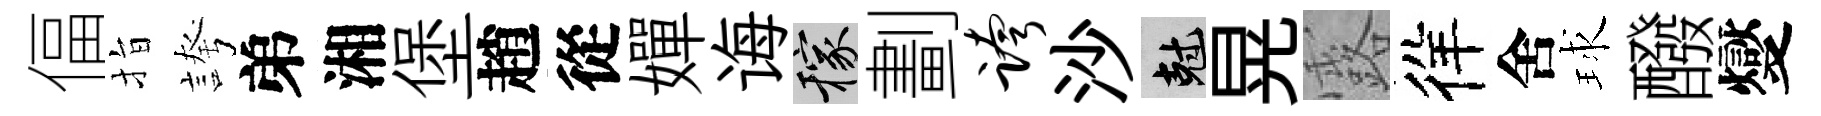
偪指誇弟湘堡趙從嬋诲稼劃跨沙剋晃露徉舍球醱燮